Black-water fever - Number 35
Disease focus: Fever
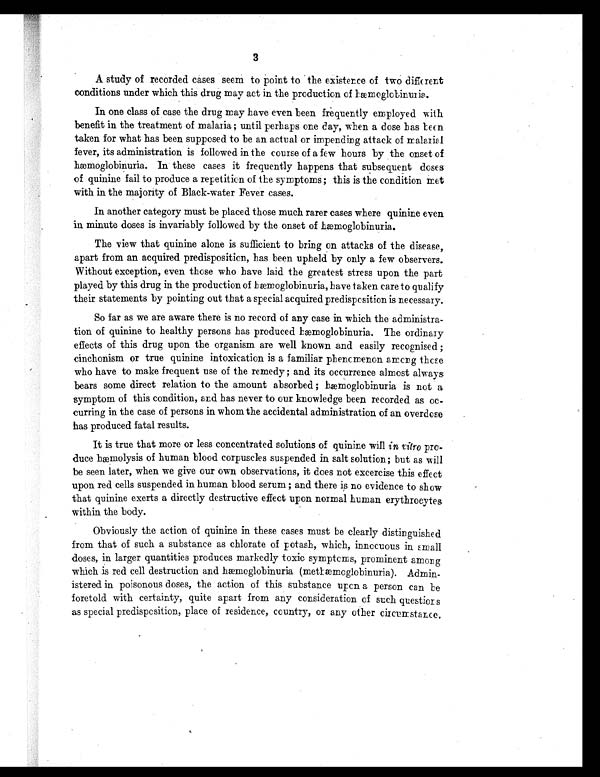
3
A study of recorded cases seem to point to the existence of two different
conditions under which this drug may act in the production of hæmoglobinuria.
In one class of case the drug may have even been frequently employed with
benefit in the treatment of malaria ; until perhaps one day, when a dose bas teen
taken for what has been supposed to be an actual or impending attack of malarial
fever, its administration is followed in the course of a few hours by the onset of
hæmoglobinuria. In these cases it frequently happens that subsequent doses
of quinine fail to produce a repetition of the symptoms ; this is the condition met
with in the majority of Black-water Fever cases.
In another category must be placed those much rarer cases where quinine even
in minute doses is invariably followed by the onset of hæmoglobinuria.
The view that quinine alone is sufficient to bring on attacks of the disease,
apart from an acquired predisposition, has been upheld by only a few observers.
Without exception, even those who have laid the greatest stress upon the part
played by this drug in the production of hæmoglobinuria, have taken care to qualify
their statements by pointing out that a special acquired predisposition is necessary.
So far as we are aware there is no record of any case in which the administra-
tion of quinine to healthy persons has produced hæmoglobinuria. The ordinary
effects of this drug upon the organism are well known and easily recognised ;
cinchonism or true quinine intoxication is a familiar phenomenon among these
who have to make frequent use of the remedy ; and its occurrence almost always
bears some direct relation to the amount absorbed ; hæmoglobinuria is not a
symptom of this condition, and has never to our knowledge been recorded as oc-
curring in the case of persons in whom the accidental administration of an overdose
has produced fatal results.
It is true that more or less concentrated solutions of quinine will in vitro pro-
duce hæmolysis of human blood corpuscles suspended in salt solution; but as will
be seen later, when we give our own observations, it does not excercise this effect
upon red cells suspended in human blood serum ; and there is no evidence to show
that quinine exerts a directly destructive effect upon normal human erythrocytes
within the body.
Obviously the action of quinine in these cases must be clearly distinguished
from that of such a substance as chlorate of potash, which, innocuous in small
doses, in larger quantities produces markedly toxic symptoms, prominent among
which is red cell destruction and hæmoglobinuria (methæmoglobinuria). Admin-
istered in poisonous doses, the action of this substance upon a person can be
foretold with certainty, quite apart from any consideration of such questions
as special predisposition, place of residence, country, or any other circumstance.